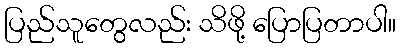
ပြည်သူတွေလည်း သိဖို့ ပြောပြတာပါ။